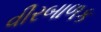
વીરબાળક